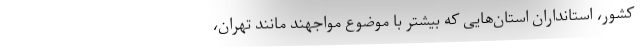
کشور، استانداران استان‌هایی که بیشتر با موضوع مواجهند مانند تهران،